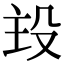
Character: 殶